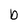
Character: b